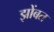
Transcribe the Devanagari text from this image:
झोंबत